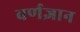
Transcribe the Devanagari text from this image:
वर्णज्ञान